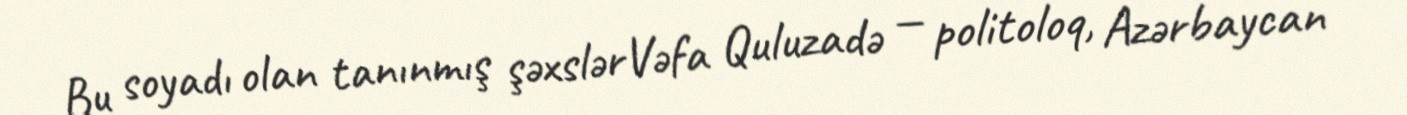
Bu soyadı olan tanınmış şəxslərVəfa Quluzadə — politoloq, Azərbaycan